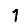
Digit: 1